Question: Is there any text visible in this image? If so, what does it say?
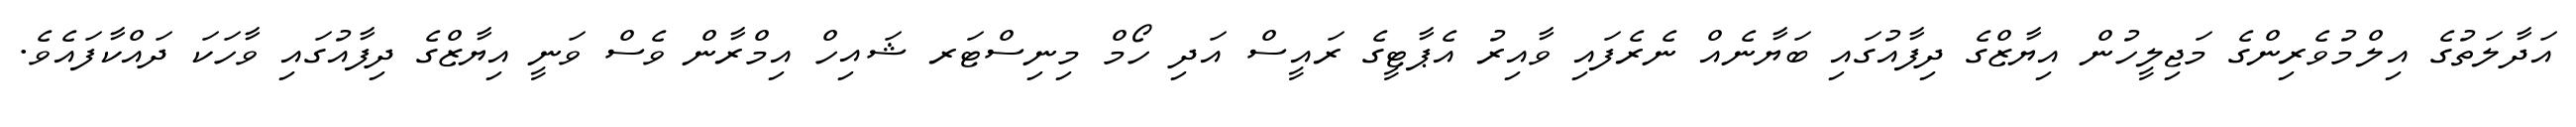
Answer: އަދާލަތުގެ އިލްމުވެރިންގެ މަޖިލީހުން އިޔާޒްގެ ދިފާއުގައި ބަޔާނެއް ނެރެފައި ވާއިރު އެޕާޓީގެ ރައީސް އަދި ހޯމް މިނިސްޓަރ ޝައިހް އިމްރާން ވެސް ވަނީ އިޔާޒްގެ ދިފާއުގައި ވާހަކަ ދައްކާފައެވެ.